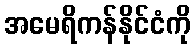
အမေရိကန်နိုင်ငံကို